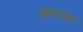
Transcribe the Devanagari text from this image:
आएसा